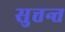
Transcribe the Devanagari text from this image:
सुत्तन्त